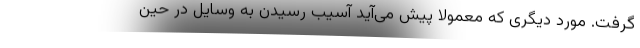
گرفت. مورد دیگری که معمولاً پیش می‌آید آسیب رسیدن به وسایل در حین